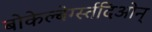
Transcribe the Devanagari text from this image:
बोकेल्बेर्ग्स्तदिओन्